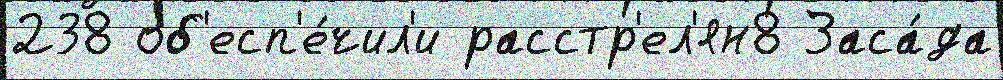
238 об'есп'е́чил'и расстр'ел'ян8 Заса́да